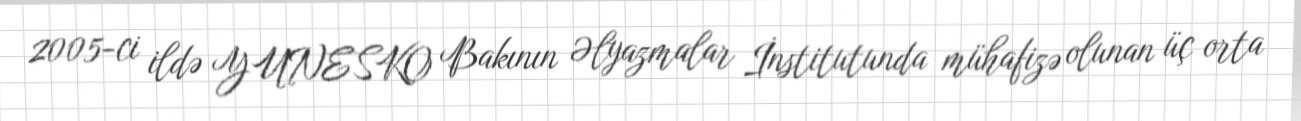
2005-ci ildə YUNESKO Bakının Əlyazmalar İnstitutunda mühafizə olunan üç orta